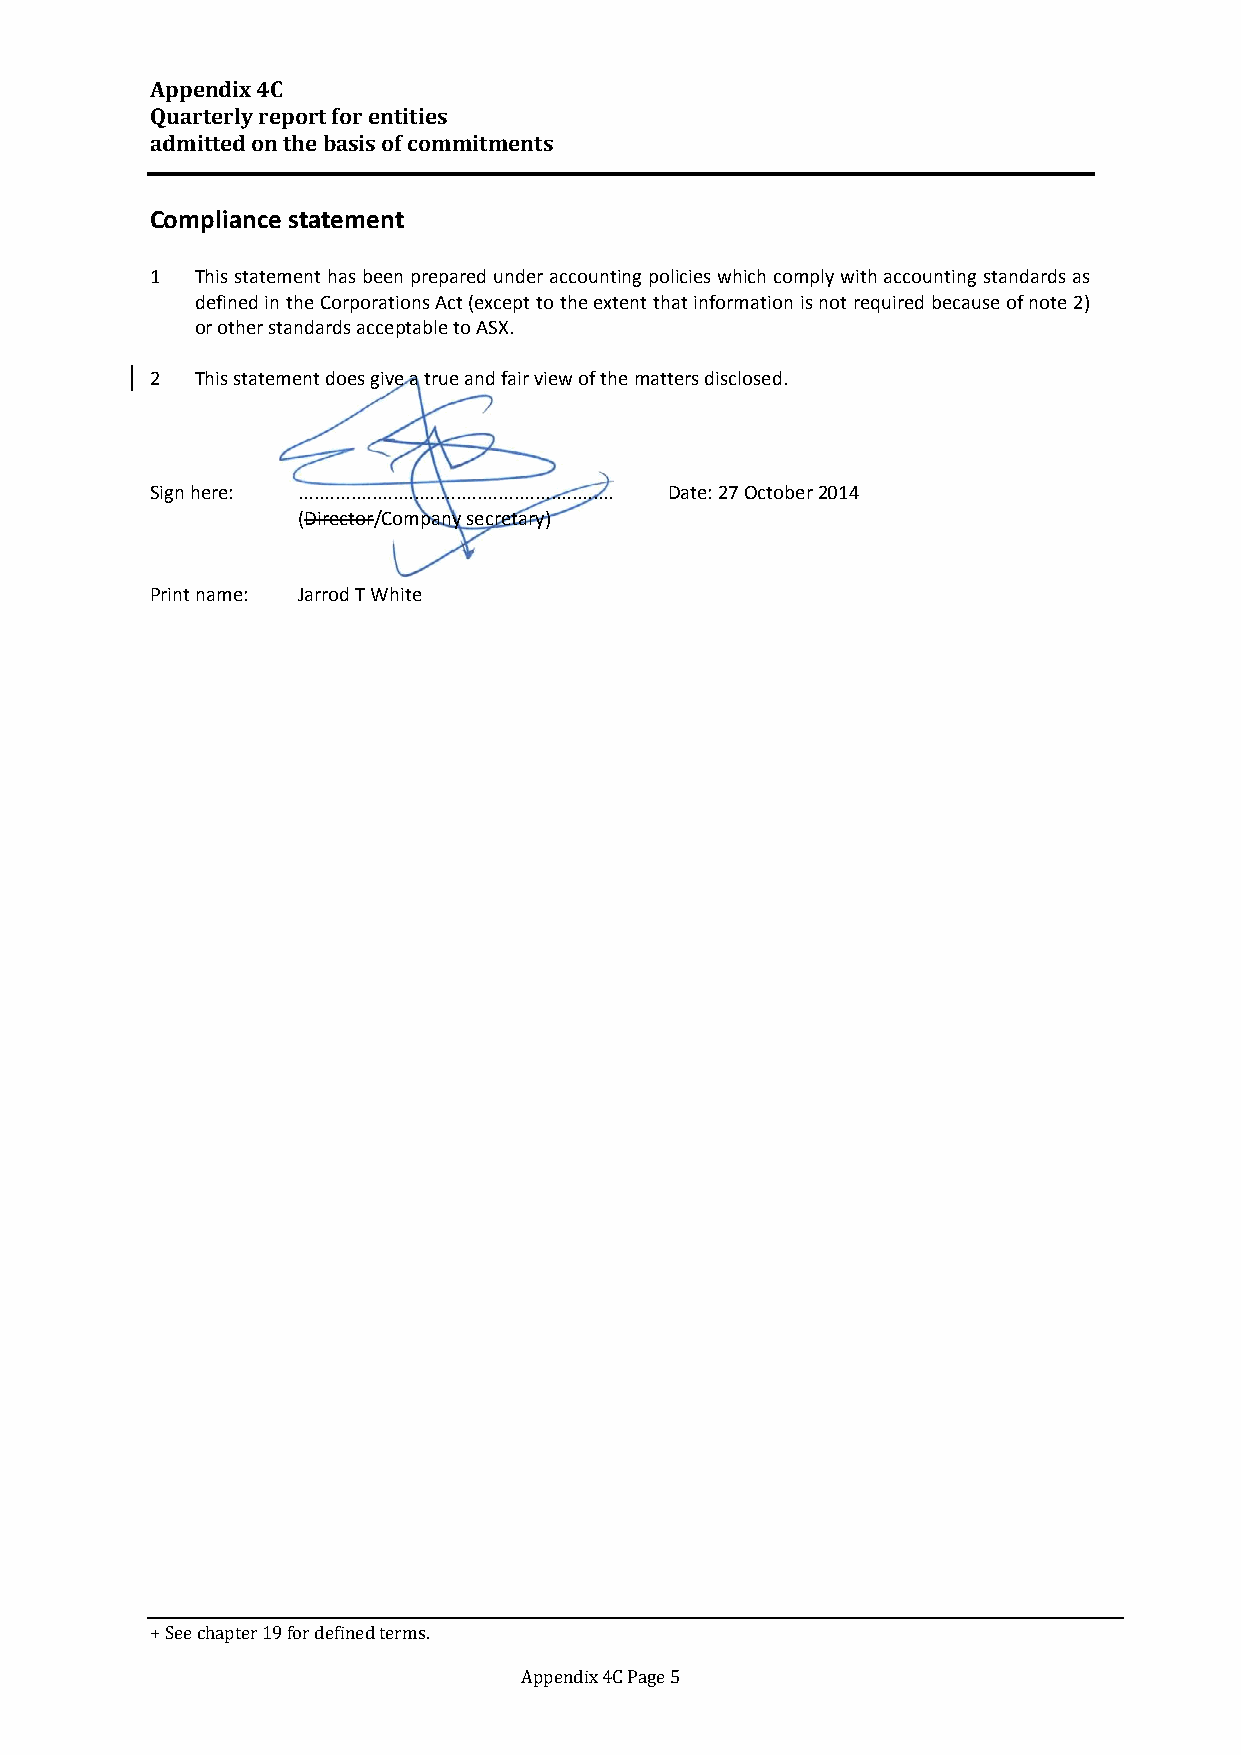
Appendix 4C
 Quarterly report for entities
 admitted on the basis of commitments
 Compliance statement
 1  This statement has been prepared under accounting policies which comply with accounting standards as
 defined in the Corporations Act (except to the extent that information is not required because of note 2)
 or other standards acceptable to ASX.
 2  This statement does give a true and fair view of the matters disclosed.
 Sign here: ............................................................ Date: 27 October 2014
 (Director/Company secretary)
 Print name: Jarrod T White
 + See chapter 19 for defined terms.
 Appendix 4C Page 5